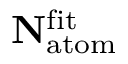
\mathbf { N } _ { \mathrm { a t o m } } ^ { \mathrm { f i t } }